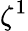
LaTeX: \zeta^{1}